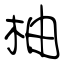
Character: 柚